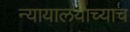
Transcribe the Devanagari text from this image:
न्यायालयाच्याच